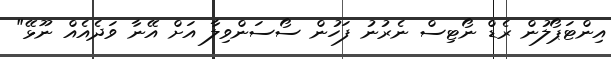
އިންޓަޕޯލުން ރެޑް ނޯޓިސް ނެރުނު ފަހުން ސޯސަންވިލާ އަށް އޭނާ ވަދެއެއް ނޫޅޭ"